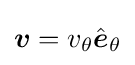
{\boldsymbol {v}}=v_{\theta }{\hat {\boldsymbol {e}}}_{\theta }